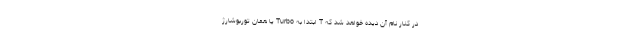
در کنار نام آن دیده خواهد شد که T ابتدا به Turbo یا همان توربوشارژ